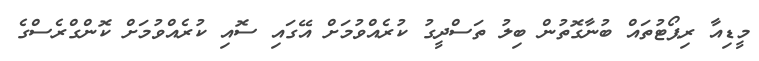
މީޑިއާ ރިޕޯޓުތައް ބުނާގޮތުން ބިލު ތަސްދީގު ކުރެއްވުމަށް އޭގައި ސޮއި ކުރެއްވުމަށް ކޮންގްރެސްގެ